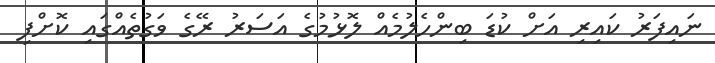
ނައިފަރު ކައިރި އަށް ކުޑަ ބިންހެލުމެއް ލޮޅުމުގެ އަސަރު ރޭގެ ވަގުތެއްގައި ކޮށްފި